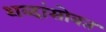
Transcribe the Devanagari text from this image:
शब्दांसोबत